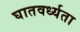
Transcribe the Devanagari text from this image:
घातवर्ध्यता